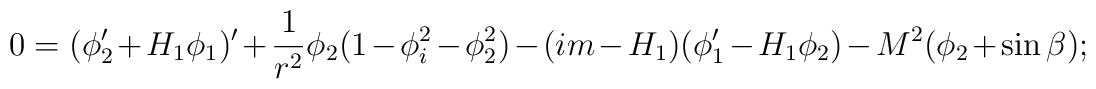
0=(\phi_2^{\prime}+H_1\phi_1)^{\prime}+\frac{1}{r^2}\phi_2(1-\phi_i^2-\phi_2^2)-(im-H_1)(\phi_1^{\prime}-H_1\phi_2)-M^2(\phi_2+\sin \beta );